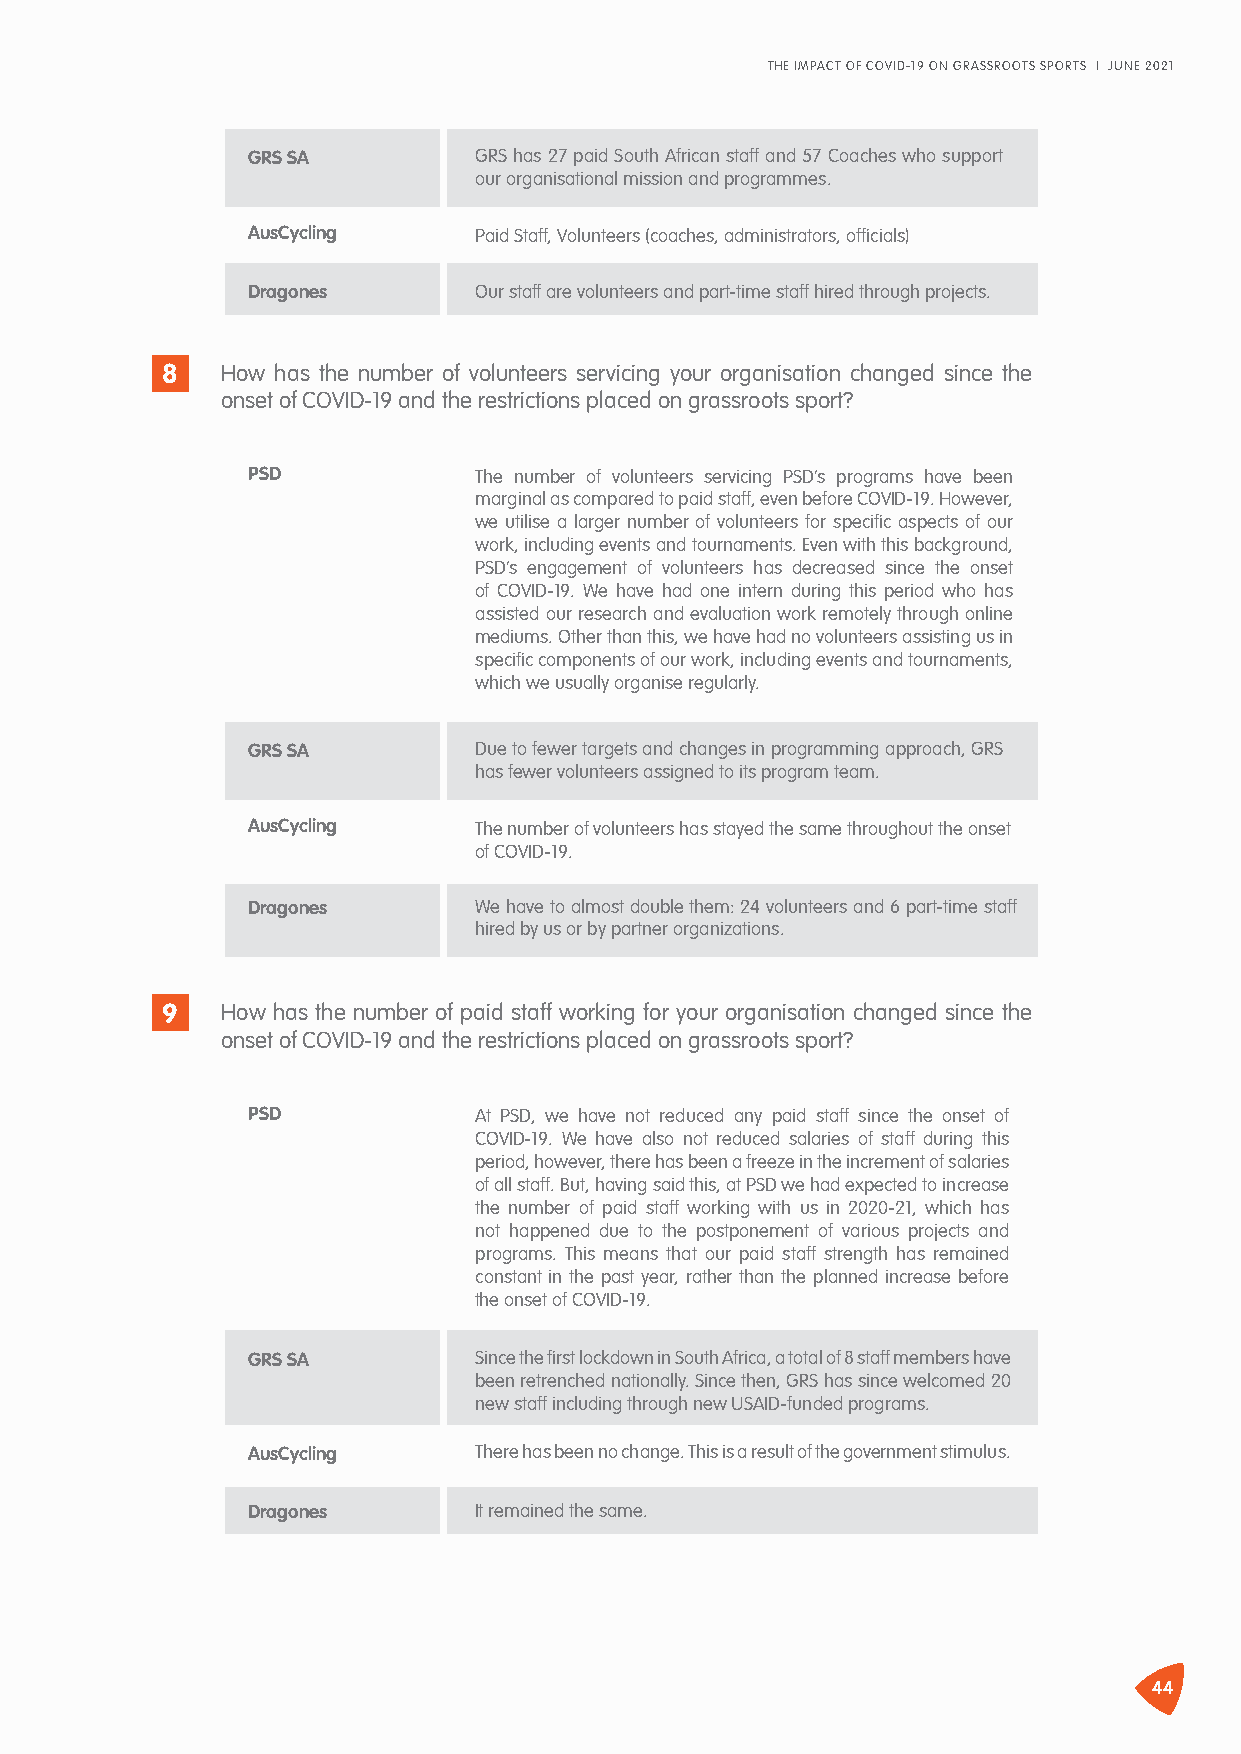
THE IMPACT OF COVID-19 ON GRASSROOTS SPORTS I JUNE 2021
 GRS SA         GRS has 27 paid South African staff and 57 Coaches who support
 our organisational mission and programmes.
 AusCycling     Paid Staff, Volunteers (coaches, administrators, officials)
 Dragones       Our staff are volunteers and part-time staff hired through projects.
 8   How has the number of volunteers servicing your organisation changed since the
 onset of COVID-19 and the restrictions placed on grassroots sport?
 PSD            The number of volunteers servicing PSD’s programs have been
 marginal as compared to paid staff, even before COVID-19. However,
 we utilise a larger number of volunteers for specific aspects of our
 work, including events and tournaments. Even with this background,
 PSD’s engagement of volunteers has decreased since the onset
 of COVID-19. We have had one intern during this period who has
 assisted our research and evaluation work remotely through online
 mediums. Other than this, we have had no volunteers assisting us in
 specific components of our work, including events and tournaments,
 which we usually organise regularly.
 GRS SA         Due to fewer targets and changes in programming approach, GRS
 has fewer volunteers assigned to its program team.
 AusCycling     The number of volunteers has stayed the same throughout the onset
 of COVID-19.
 Dragones       We have to almost double them: 24 volunteers and 6 part-time staff
 hired by us or by partner organizations.
 9   How has the number of paid staff working for your organisation changed since the
 onset of COVID-19 and the restrictions placed on grassroots sport?
 PSD            At PSD, we have not reduced any paid staff since the onset of
 COVID-19. We have also not reduced salaries of staff during this
 period, however, there has been a freeze in the increment of salaries
 of all staff. But, having said this, at PSD we had expected to increase
 the number of paid staff working with us in 2020-21, which has
 not happened due to the postponement of various projects and
 programs. This means that our paid staff strength has remained
 constant in the past year, rather than the planned increase before
 the onset of COVID-19.
 GRS SA         Since the first lockdown in South Africa, a total of 8 staff members have
 been retrenched nationally. Since then, GRS has since welcomed 20
 new staff including through new USAID-funded programs.
 AusCycling     There has been no change. This is a result of the government stimulus.
 Dragones       It remained the same.
 44